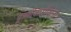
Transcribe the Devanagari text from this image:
पृथ्वीवासीयांना